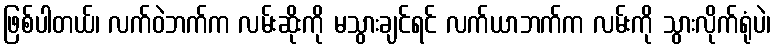
ဖြစ်ပါတယ်၊ လက်ဝဲဘက်က လမ်းဆိုးကို မသွားချင်ရင် လက်ယာဘက်က လမ်းကို သွားလိုက်ရုံပဲ၊